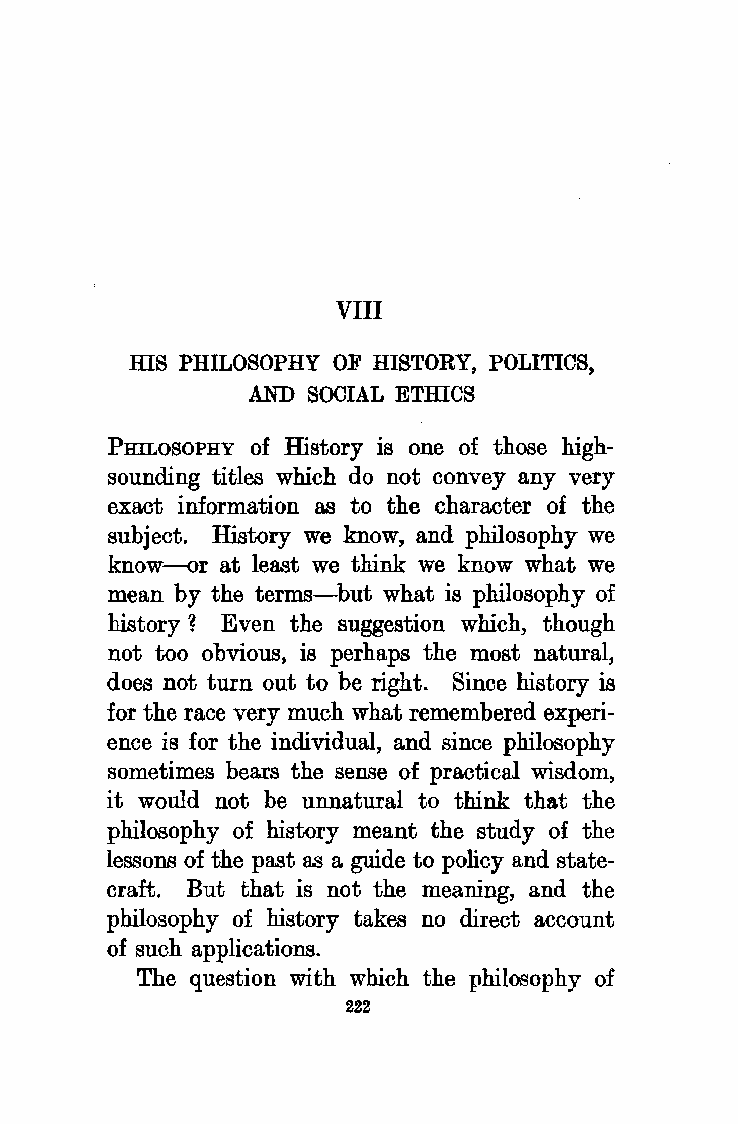
VIII
 HIS PHILOSOPHY OF HISTORY, POLITICS,
 AND SOCIAL ETHICS
 PHILOSOPHY of History is one of those high
 sounding titles which do not convey any very
 exact information as to the character of the
 subject. History we know, and philosophy we
 know-or at least we think we know what we
 mean by the terms-but what is philosophy of
 history 1 Even the suggestion which, though
 not too obvious, is perhaps the most natural,
 does not turn out to be right. Since history is
 for the race very much what remembered experi
 ence is for the individual, and since philosophy
 sometimes bears the sense of practical wisdom,
 it would not be unnatural to think that the
 philosophy of history meant the study of the
 lessons of the past as a guide to policy and state
 craft. But that is not the meaning, and the
 philosophy of history takes no direct account
 of such applications.
 The question with which the philosophy of
 222